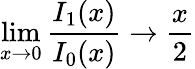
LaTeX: \operatorname*{lim}_{x\to 0}{\frac{I_{1}(x)}{I_{0}(x)}}\to{\frac{x}{2}}